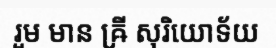
រួម មាន ឝ្រី សុរិយោទ័យ